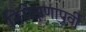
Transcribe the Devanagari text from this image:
निरीक्षणापूर्वी